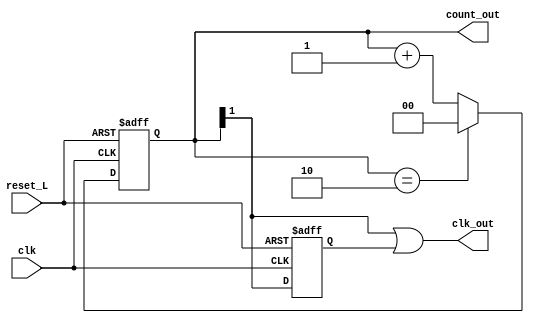
module MOD3_50_DC(
input clk,
input reset_L,
output [1:0] count_out,
output clk_out
    );
reg [1:0] count = 'b0;
reg temp ='b0;

always @ (posedge clk, negedge reset_L)
begin 
if(!reset_L)
count <= 'b0;
else if(count == 2'b10)
count <= 'b0;
else 
count <= count + 1'b1;
end 
always @ (negedge clk, negedge reset_L)
begin 
if(!reset_L)
temp <='b0;
else
temp <= count[1];
end 

assign count_out = count;
assign clk_out =  count[1] | temp;   
endmodule